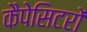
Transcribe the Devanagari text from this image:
कैपेसिटरों